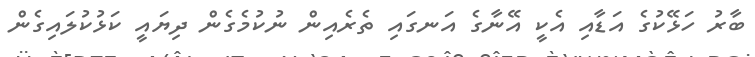
ބާރު ހަޅޭކުގެ އަޑާއި އެކީ އޭނާގެ އަނގައި ތެރެއިން ނުކުމެގެން ދިޔައީ ކަޅުކުލައިގެން